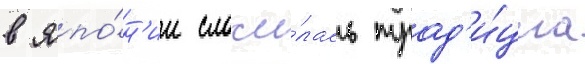
в япо́н'ии сложи́лась трад'и́циа